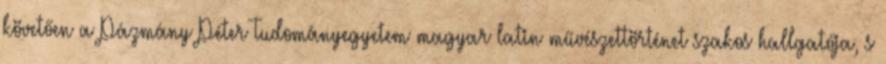
követően a Pázmány Péter Tudományegyetem magyar–latin–művészettörténet szakos hallgatója, s